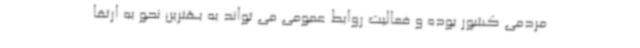
مردمی کشور بوده و فعالیت روابط عمومی می تواند به بهترین نحو به ارتقا